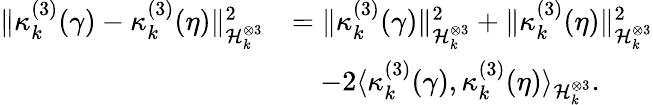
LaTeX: \begin{array}{rl}{\lVert\kappa_{k}^{(3)}(\gamma)-\kappa_{k}^{(3)}(\eta)\rVert_{\mathcal{H}_{k}^{\otimes 3}}^{2}}&{=\lVert\kappa_{k}^{(3)}(\gamma)\rVert_{\mathcal{H}_{k}^{\otimes 3}}^{2}+\lVert\kappa_{k}^{(3)}(\eta)\rVert_{\mathcal{H}_{k}^{\otimes 3}}^{2}}\\ &{\quad-2\langle\kappa_{k}^{(3)}(\gamma),\kappa_{k}^{(3)}(\eta)\rangle_{\mathcal{H}_{k}^{\otimes 3}}.}\end{array}